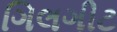
ગિલગીટ